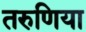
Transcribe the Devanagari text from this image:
तरुणिया